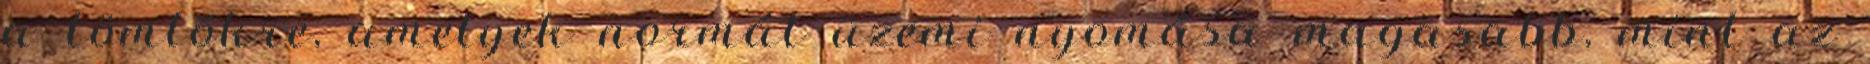
a tömlõkre, amelyek normál üzemi nyomása magasabb, mint az